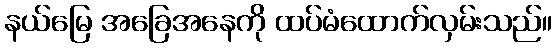
နယ်မြေ အခြေအနေကို ထပ်မံထောက်လှမ်းသည်။